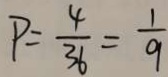
P = \frac { 4 } { 3 6 } = \frac { 1 } { 9 }